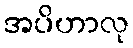
အပိဟာလု